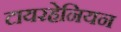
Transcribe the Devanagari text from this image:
टायरहेनियन